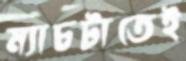
ম্যাচটাতেই